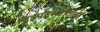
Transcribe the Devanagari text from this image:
चित्रपटसृष्टीतला